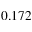
0 . 1 7 2